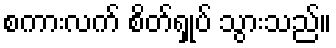
စကားလက် စိတ်ရှုပ် သွားသည်။